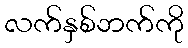
လက်နှစ်ဘက်ကို